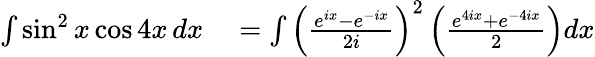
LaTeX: \begin{array}{rl}{\int\sin^{2}x\cos 4x\, dx}&{{}=\int\left({\frac{e^{ix}-e^{-ix}}{2i}}\right)^{2}\left({\frac{e^{4ix}+e^{-4ix}}{2}}\right)dx}\end{array}